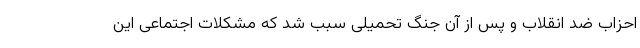
احزاب ضد انقلاب و پس از آن جنگ تحمیلی سبب شد که مشکلات اجتماعی این